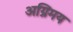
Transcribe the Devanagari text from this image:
अग्निमय